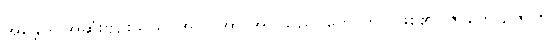
အန္တော- အဆုံးဗျဉ်းသည်၊ အာ- အာ အပြုသည်၊ ဟောတိ- ဖြစ်၏။ ဇာတော, ဇာတိ